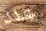
عدد